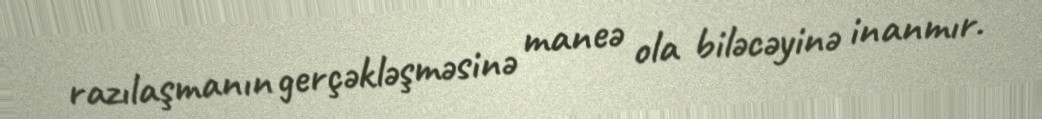
razılaşmanın gerçəkləşməsinə maneə ola biləcəyinə inanmır.